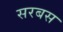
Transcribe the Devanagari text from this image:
सरबस